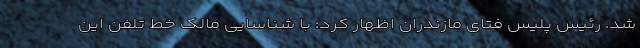
شد. رئیس پلیس فتای مازندران اظهار کرد: با شناسایی مالک خط تلفن این